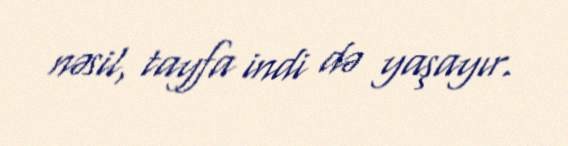
nəsil, tayfa indi də yaşayır.